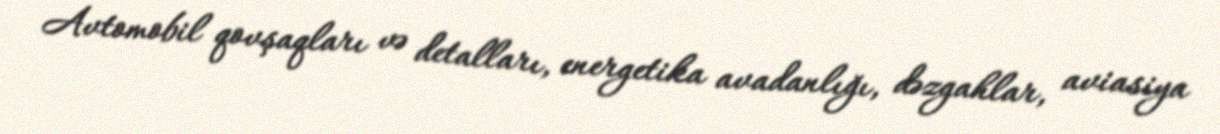
Avtomobil qovşaqları və detalları, energetika avadanlığı, dəzgahlar, aviasiya